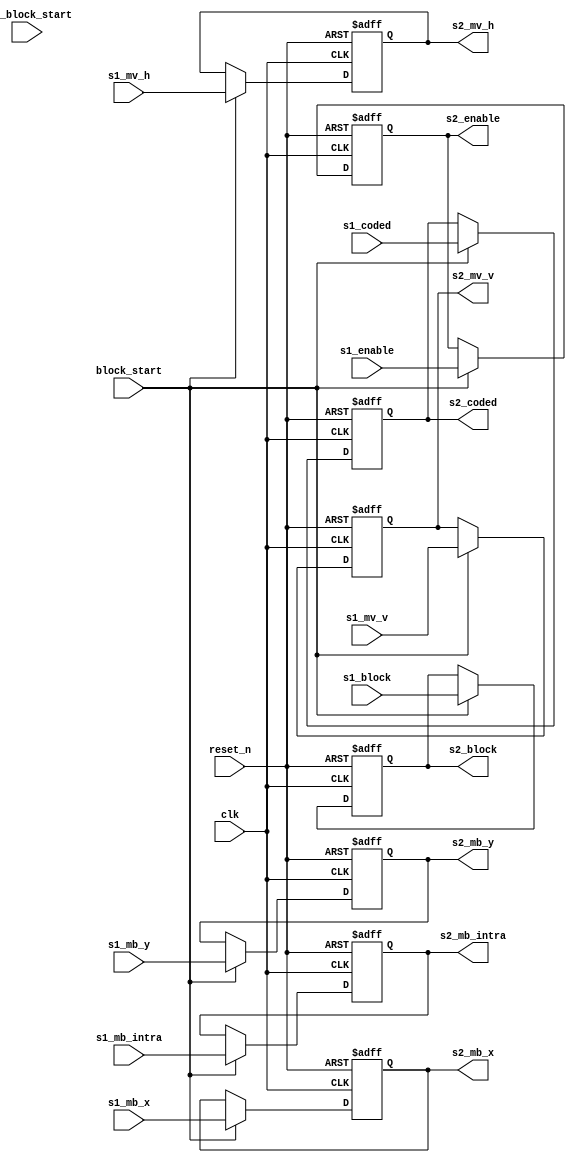
module m2vside2 #(
	parameter
	MVH_WIDTH = 16,
	MVV_WIDTH = 15,
	MBX_WIDTH = 6,
	MBY_WIDTH = 5
) (
	// common
	input        clk,
	input        reset_n,

	// from m2vside1
	input [(MVH_WIDTH-1):0] s1_mv_h,
	input [(MVV_WIDTH-1):0] s1_mv_v,
	input [(MBX_WIDTH-1):0] s1_mb_x,
	input [(MBY_WIDTH-1):0] s1_mb_y,
	input        s1_mb_intra,
	input  [2:0] s1_block,
	input        s1_coded,
	input        s1_enable,

	// from m2vctrl
	input        pre_block_start,
	input        block_start,

	// to m2vidct, m2vside3
	output [(MVH_WIDTH-1):0] s2_mv_h,
	output [(MVV_WIDTH-1):0] s2_mv_v,
	output [(MBX_WIDTH-1):0] s2_mb_x,
	output [(MBY_WIDTH-1):0] s2_mb_y,
	output       s2_mb_intra,
	output [2:0] s2_block,
	output       s2_coded,
	output       s2_enable
);

//--------------------------------------------------------------------------------
// Stage 2 (Latched by block_start pules)
//
reg [(MVH_WIDTH-1):0] s2_mv_h_r;
reg [(MVV_WIDTH-1):0] s2_mv_v_r;
reg [(MBX_WIDTH-1):0] s2_mb_x_r;
reg [(MBY_WIDTH-1):0] s2_mb_y_r;
reg       s2_mb_intra_r;
reg [2:0] s2_block_r;
reg       s2_coded_r;
reg       s2_enable_r;

// {{{
always @(posedge clk or negedge reset_n)
	if(~reset_n) begin
		s2_mv_h_r      <= 0;
		s2_mv_v_r      <= 0;
		s2_mb_x_r      <= 0;
		s2_mb_y_r      <= 0;
		s2_mb_intra_r  <= 1'b0;
		s2_block_r     <= 3'd0;
		s2_coded_r     <= 1'b0;
		s2_enable_r    <= 1'b0;
	end else if(block_start) begin
		s2_mv_h_r      <= s1_mv_h;
		s2_mv_v_r      <= s1_mv_v;
		s2_mb_x_r      <= s1_mb_x;
		s2_mb_y_r      <= s1_mb_y;
		s2_mb_intra_r  <= s1_mb_intra;
		s2_block_r     <= s1_block;
		s2_coded_r     <= s1_coded;
		s2_enable_r    <= s1_enable;
	end

assign s2_mv_h = s2_mv_h_r;
assign s2_mv_v = s2_mv_v_r;
assign s2_mb_x = s2_mb_x_r;
assign s2_mb_y = s2_mb_y_r;
assign s2_mb_intra = s2_mb_intra_r;
assign s2_block = s2_block_r;
assign s2_coded = s2_coded_r;
assign s2_enable = s2_enable_r;
// }}}

endmodule